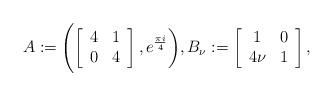
LaTeX: \begin{align*}A := \Biggl(\left[\begin{array}{cc}4 & 1 \\0 & 4 \end{array}\right], e^{\frac{\pi i}{4}} \biggr),B_{\nu} := \left[\begin{array}{cc}1 & 0 \\4\nu & 1 \end{array}\right],\end{align*}